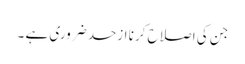
جن کی اصلاح کرنا ازحد ضروری ہے ۔